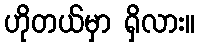
ဟိုတယ်မှာ ရှိလား။